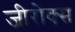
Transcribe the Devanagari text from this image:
जीरोक्स